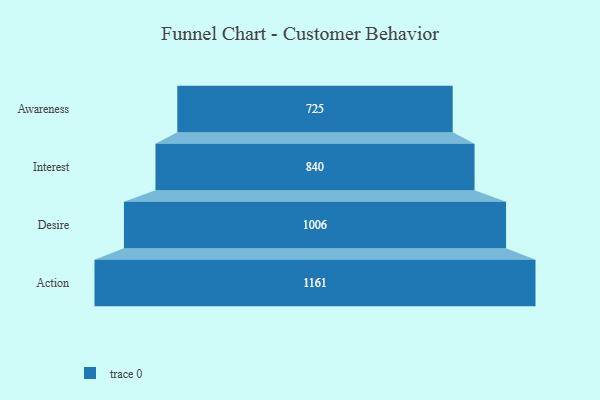
{"axis": {"x": "Stage", "y": "Value"}, "legend": [""], "data": [{"x": "Awareness", "y": 725.0, "type": ""}, {"x": "Interest", "y": 840.0, "type": ""}, {"x": "Desire", "y": 1006.0, "type": ""}, {"x": "Action", "y": 1161.0, "type": ""}]}